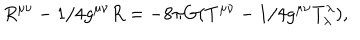
R ^ { \mu \nu } - 1 / 4 g ^ { \mu \nu } R = - 8 \pi G ( T ^ { \mu \nu } - 1 / 4 g ^ { \mu \nu } T _ { \lambda } ^ { \lambda } ) ,